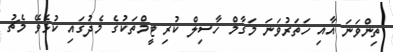
ތިންވަނަ އާއި ހަތަރުވަނަ މަގާމް ހާސިލް ކުރި ޓީމްތަކުގެ މެދުގައި ކުޅެވޭ މެޗު